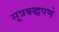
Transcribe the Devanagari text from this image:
सूत्रबद्धपणे